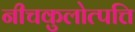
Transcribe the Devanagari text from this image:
नीचकुलोत्पत्ति